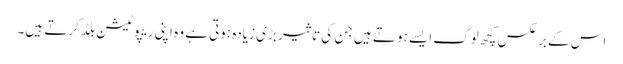
اس کے برعکس کچھ لوگ ایسے ہوتے ہیں جن کی تاثیر بڑی زیادہ ہوتی ہے وہ اپنی ریپوٹیشن بلڈ کرتے ہیں۔